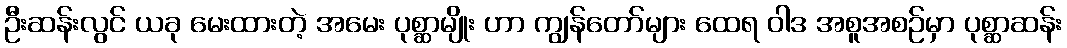
ဦးဆန်းလွင် ယခု မေးထားတဲ့ အမေး ပုစ္ဆာမျိုး ဟာ ကျွန်တော်များ ထေရ ဝါဒ အစူအစဉ်မှာ ပုစ္ဆာဆန်း